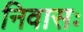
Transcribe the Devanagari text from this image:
निवासः